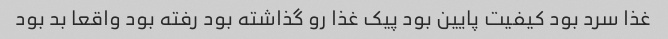
غذا سرد بود کیفیت پایین بود پیک غذا رو گذاشته بود رفته بود واقعا بد بود